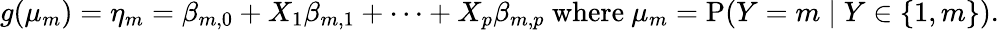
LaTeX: g(\mu_{m})=\eta_{m}=\beta_{m,0}+X_{1}\beta_{m,1}+\cdots+X_{p}\beta_{m,p}{\mathrm{~where~}}\mu_{m}=\mathrm{P}(Y=m\mid Y\in\{ 1,m\} ).